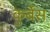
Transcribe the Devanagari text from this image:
कुर्बेस